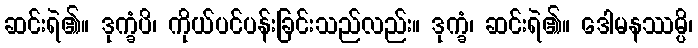
ဆင်းရဲ၏။ ဒုက္ခံပိ၊ ကိုယ်ပင်ပန်းခြင်းသည်လည်း။ ဒုက္ခံ၊ ဆင်းရဲ၏။ ဒေါမနဿမ္ပိ၊